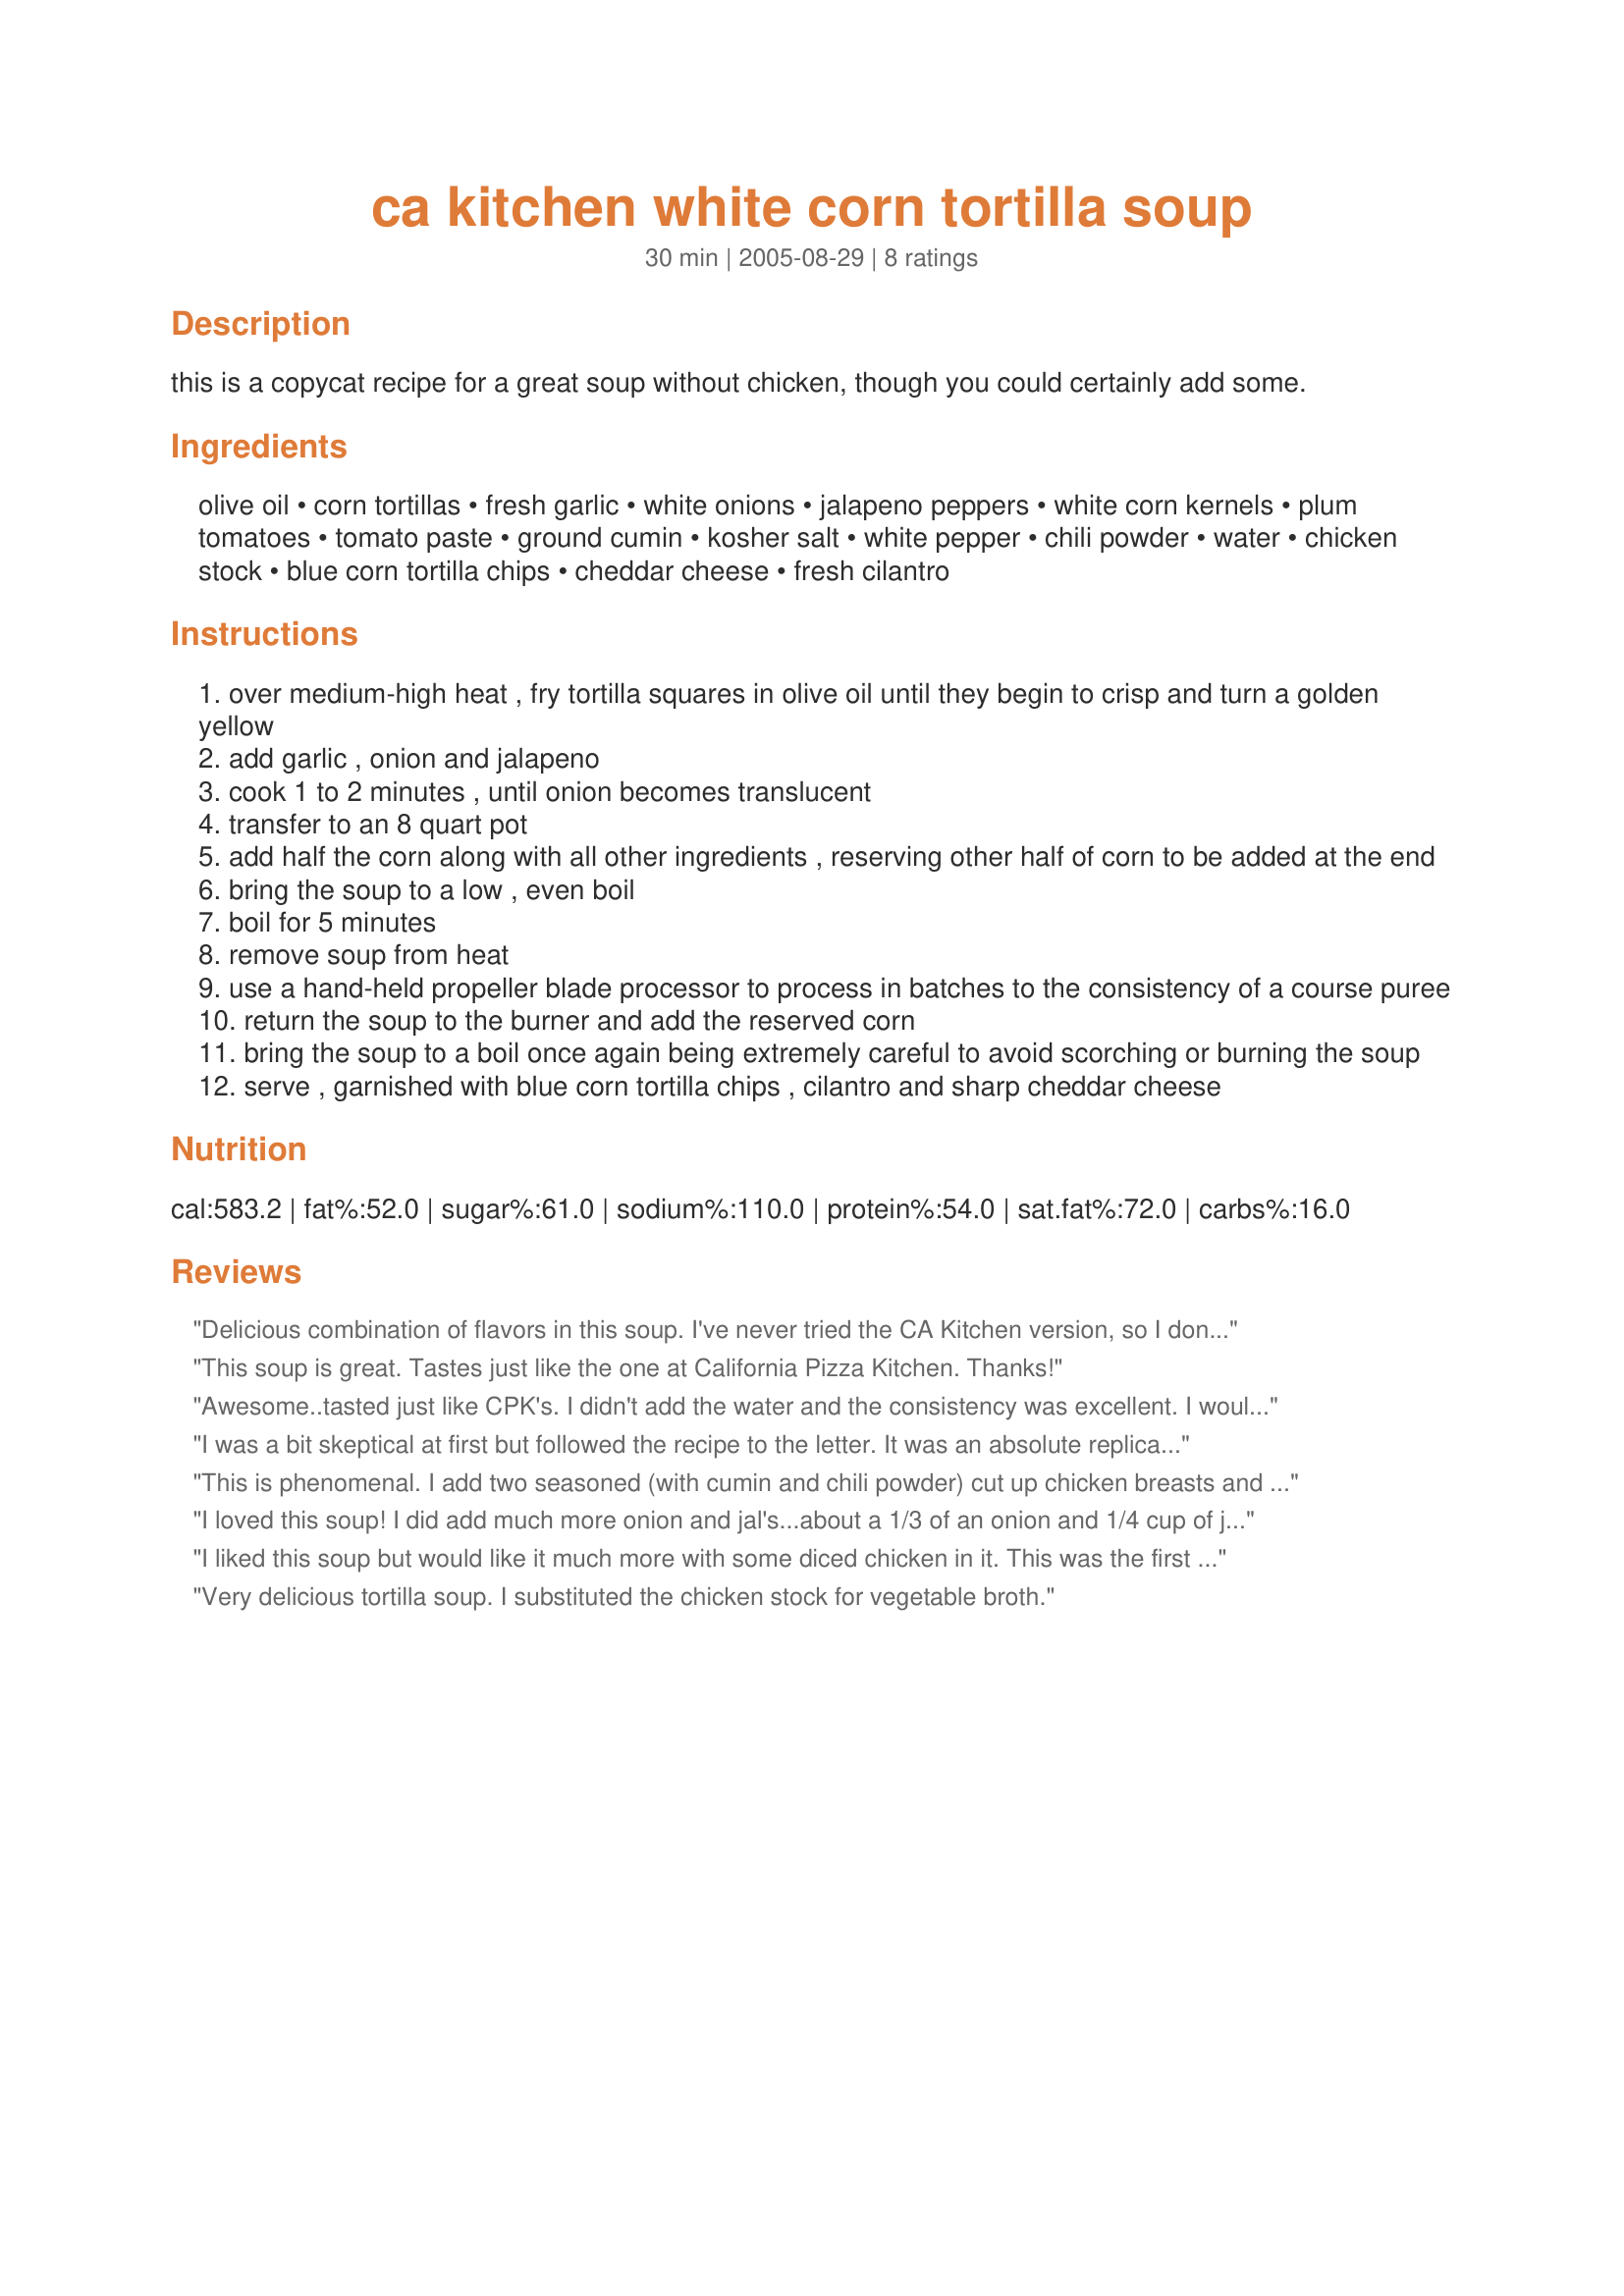
ca kitchen white corn tortilla soup
Preparation time: 30 minutes

this is a copycat recipe for a great soup without chicken, though you could certainly add some.

Ingredients:
olive oil, corn tortillas, fresh garlic, white onions, jalapeno peppers, white corn kernels, plum tomatoes, tomato paste, ground cumin, kosher salt, white pepper, chili powder, water, chicken stock, blue corn tortilla chips, cheddar cheese, fresh cilantro

Steps:
over medium-high heat , fry tortilla squares in olive oil until they begin to crisp and turn a golden yellow
add garlic , onion and jalapeno
cook 1 to 2 minutes , until onion becomes translucent
transfer to an 8 quart pot
add half the corn along with all other ingredients , reserving other half of corn to be added at the end
bring the soup to a low , even boil
boil for 5 minutes
remove soup from heat
use a hand-held propeller blade processor to process in batches to the consistency of a course puree
return the soup to the burner and add the reserved corn
bring the soup to a boil once again being extremely careful to avoid scorching or burning the soup
serve , garnished with blue corn tortilla chips , cilantro and sharp cheddar cheese

Reviews:
Delicious combination of flavors in this soup. I've never tried the CA Kitchen version, so I don't know how it compares, but who cares? I made it exactly as written, and wouldn't change a thing. I'm adding it to my favorite soups cookbook.

Thanks, Chia. Another winner for PAC Fall 2007.
This soup is great. Tastes just like the one at California Pizza Kitchen. Thanks!
Awesome..tasted just like CPK's. I didn't add the water and the consistency was excellent. I would also add a bit less chicken stock.
I was a bit skeptical at first but followed the recipe to the letter. It was an absolute replica of the CPK soup that my family loves so much. I also increased the onion to 1/2 of a medium onion and added extra white corn when it was done. Delicious!
This is phenomenal. I add two seasoned (with cumin and chili powder) cut up chicken breasts and a can of black beans when I add the second portion of corn just to make it more of a meal. I also fry up some tortilla strips to put on the top. Yum!
I loved this soup! I did add much more onion and jal's...about a 1/3 of an onion and 1/4 cup of jal's. Delicious and turns out great every time :)
I liked this soup but would like it much more with some diced chicken in it. This was the first time I've fired corn tortillas, it worked great. The only thing I did not do was to make 1/2 of the soup into a course puree. Made during * Zaar World Tour 5* 2009 game for team *Genies of Gourmet*
Very delicious tortilla soup. I substituted the chicken stock for vegetable broth.
